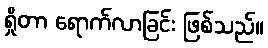
ရှိုတာ ရောက်လာခြင်း ဖြစ်သည်။